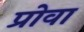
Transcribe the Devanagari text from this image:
प्रोवा